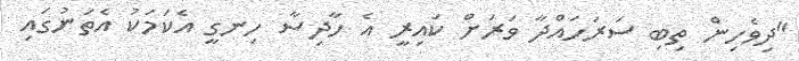
"ދިވެހިން ތިބި ސަރަހައްދާ ވަރަށް ކައިރީ އެ ހާދިސާ ހިނގީ އެކަމަކު އެތަނުގައި